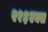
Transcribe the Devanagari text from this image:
२१३एक्स